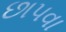
છાપવા